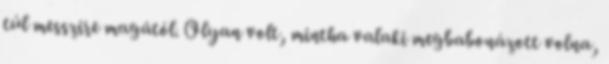
túl messzire magától. Olyan volt, mintha valaki megbabonázott volna,